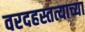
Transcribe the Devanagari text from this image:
वरदहस्तत्याच्या